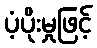
ပံ့ပိုးမှုဖြင့်